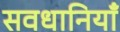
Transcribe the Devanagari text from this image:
सवधानियाँ